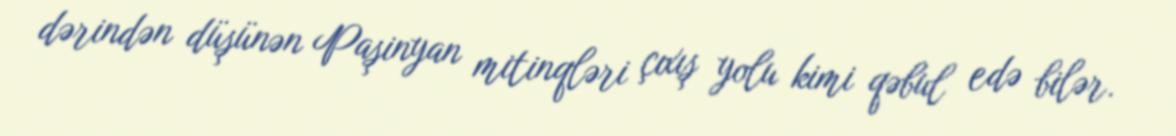
dərindən düşünən Paşinyan mitinqləri çıxış yolu kimi qəbul edə bilər.